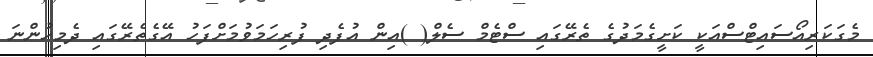
މެގަކަރިއޯސައިޓްސްއަކީ ކަށީގެމަދުގެ ތެރޭގައި ސްޓެމް ސެލް( )އިން އުފެދި ފުރިހަމަވުމަށްފަހު އޭގެތެރޭގައި ދެމިހުންނަ